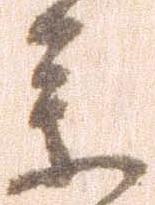
参